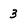
Character: 3